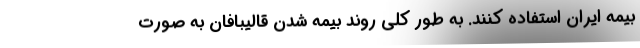
بیمه ایران استفاده کنند. به طور کلی روند بیمه شدن قالیبافان به صورت